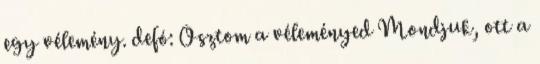
egy vélemény. defó: Osztom a véleményed Mondjuk, ott a